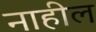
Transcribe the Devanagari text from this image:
नाहील